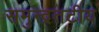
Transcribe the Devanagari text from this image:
समुन्द्रतटीय